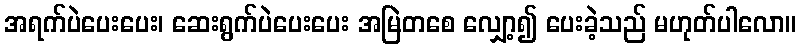
အရက်ပဲပေးပေး၊ ဆေးရွက်ပဲပေးပေး အမြဲတစေ လျှော့၍ ပေးခဲ့သည် မဟုတ်ပါလော။